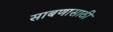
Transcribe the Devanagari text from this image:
साबणासाठी